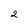
Character: 2